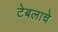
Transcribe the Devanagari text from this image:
टेबलाचे